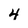
Character: 4